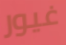
غيور